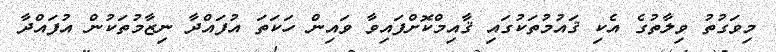
މިވަގުތު ވިލާތުގެ އެކި ޤައުމުތަކުގައި ޤާއިމްކޮށްފައިވާ ވައިން ހަކަތަ އުފައްދާ ނިޒާމުތަކުން އުފައްދާ